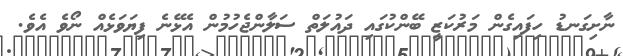
ނާށިގަނޑު ހިފައިގެން މަރުކަޒީ ބޭންކުގައި ދައުލަތް ސަލާންޖެހުމުން އެޅޭނެ ފިޔަވަޅެއް ނޯވެ އެވެ.